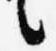
言